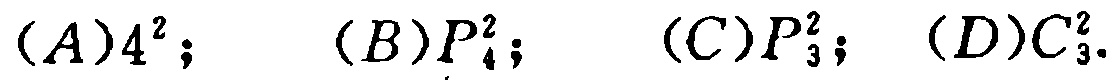
$(A)4^{2}; \quad (B)P_{4}^{2}; \quad (C)P_{3}^{2}; \quad (D)C_{3}^{2}.$